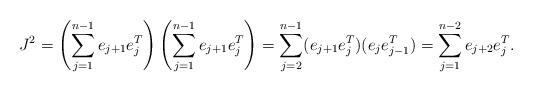
LaTeX: \begin{align*}J^2 = \left( \sum_{j=1}^{n-1} e_{j+1}e_j^T\right)\left(\sum_{j=1}^{n-1} e_{j+1}e_j^T\right) = \sum_{j=2}^{n-1} (e_{j+1}e_j^T)(e_je_{j-1}^T) = \sum_{j=1}^{n-2} e_{j+2}e_j^T.\end{align*}